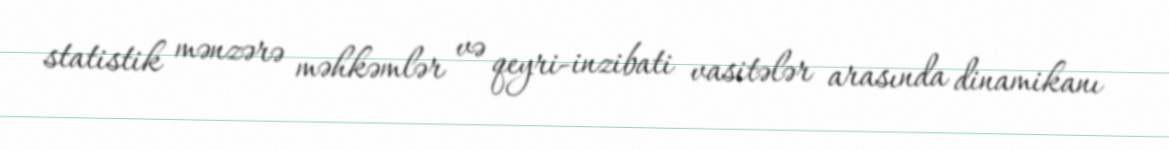
statistik mənzərə məhkəmlər və qeyri-inzibati vasitələr arasında dinamikanı